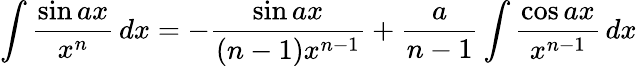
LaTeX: \int{\frac{\sin ax}{x^{n}}}\, dx=-{\frac{\sin ax}{(n-1)x^{n-1}}}+{\frac{a}{n-1}}\int{\frac{\cos ax}{x^{n-1}}}\, dx